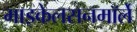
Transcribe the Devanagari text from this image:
माइकेलसनमॉर्ले